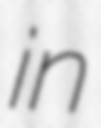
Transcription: in